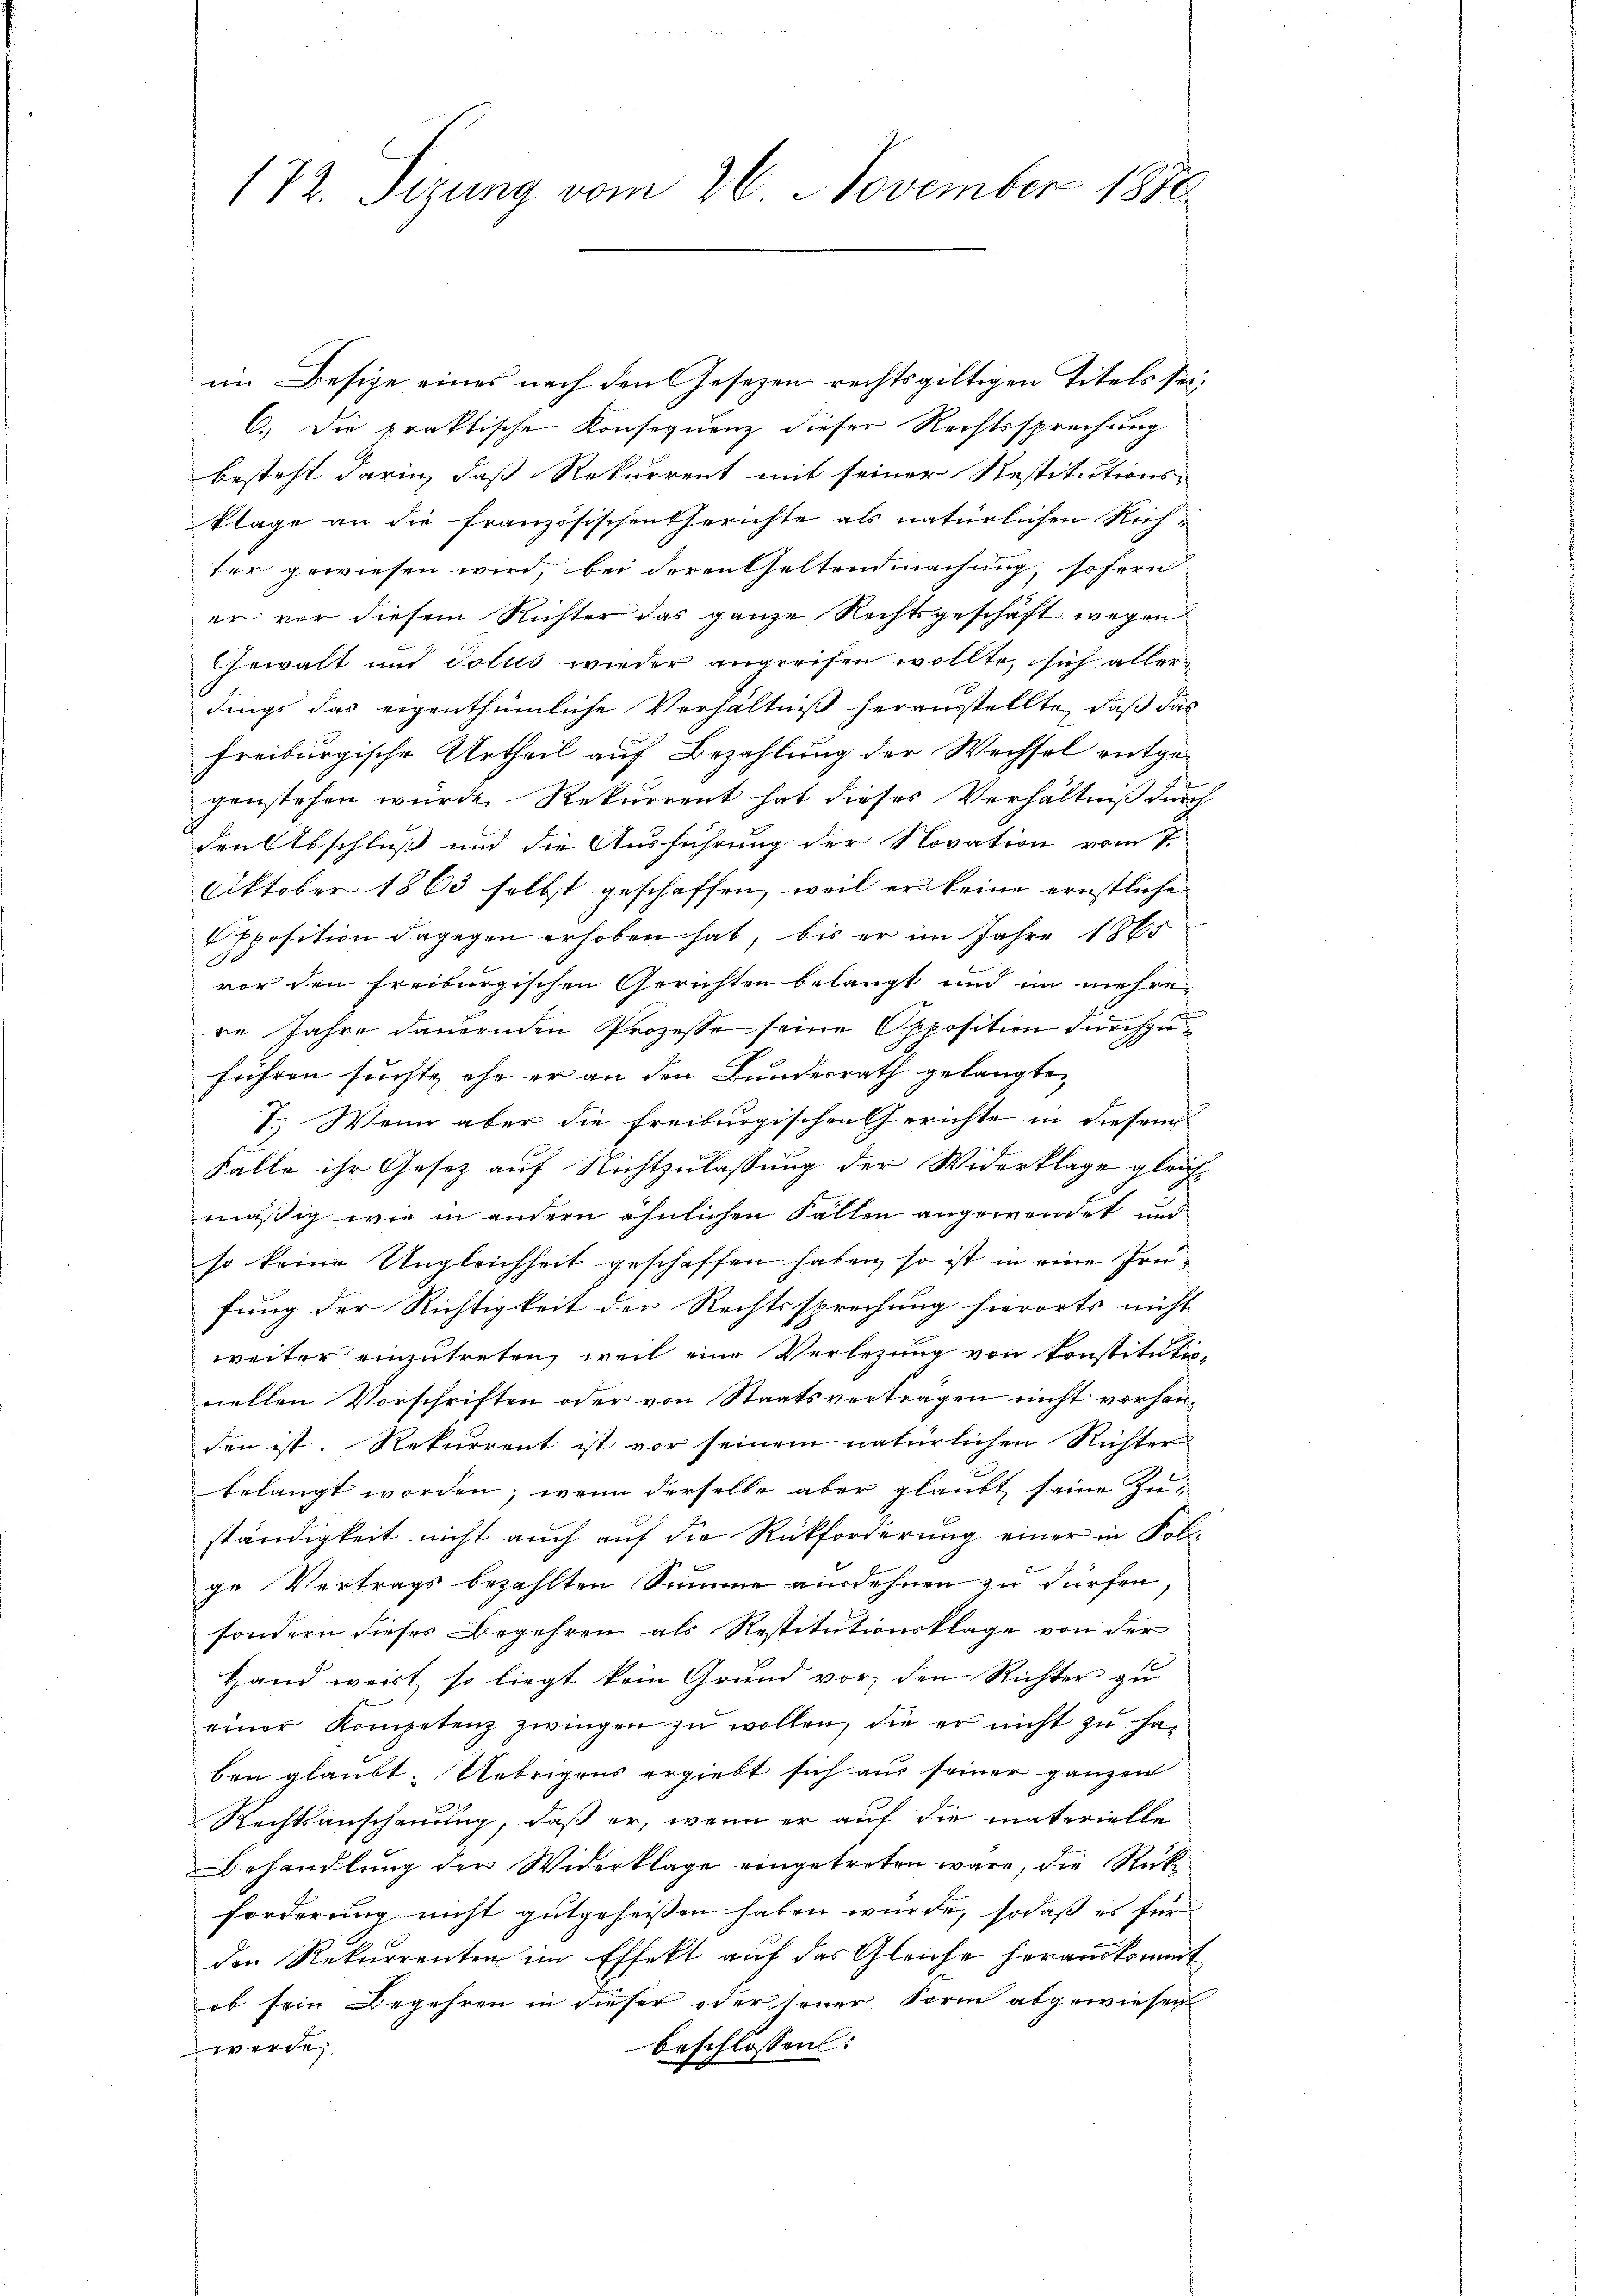
172. Sizung vom 26. November 1850.

im Besize eines nach den Gesezen rechtsgültigen Titels sei¬
C.) Die praktische Konsequenz dieser Rechtssprechung
besteht darin, daß Rekurrent mit seiner Restitutions-
klage an die französischen Gerichte als natürlichen Richter gewiesen wird, bei deren Geltendmachung, sofern
er vor diesem Richter das ganze Rechtsgeschäft wegen
Gewalt und dolus wieder angreifen wollte, sich aller-
dings das eigenthümliche Verhältniß herausstellte, daß das
freiburgische Urtheil auf Bezahlung der Wechsel entge-
genstehen wurde. Rekurrent hat dieses Verhältniß durch
den Abschluß und die Ausführung der Novation vom 7.
Oktober 1863 selbst geschaffen, weil er keine ernstliche
pposition dagegen erhoben hat, bis er im Jahre 1865
vor den freiburgischen Gerichten belangt und im mehre-
re Jahre dauernden Prozesse seine Opposition durchzuführen suchte ehe er an den Bunderrath gelangte
I. Wenn aber die freiburgischen Gerichte in diesem
Falle ihr Gesetz auf Nichtzulassung der Widerklage gleichmäßig wie in andern ähnlichen Fällen angewendet und
so keine Ungleichheit geschaffen haben, so ist in eine Prüfung der Richtigkeit der Rechtssprechung hierorts nicht
weiter einzutreten, weil eine Verlegung von konstitutio-
nellen Vorschriften oder von Staatsvertragen nicht vorhanden ist. Rekurrent ist vor seinem natürlichen Richter
belangt worden; wenn derselbe aber glaubt seine Zuständigkeit nicht auch auf die Rückforderung einer in Folge Vertrags bezahlten Summe ausdehnen zu dürfen.
sondern dieses Begehren als Restitutionsklage von der
Hand weist, so liegt kein Grund vor, den Richter zu
einer Kompetenz zwingen zu wollen, die er nicht zu haben glaubt. Uebrigens ergiebt sich aus seiner ganzen
Rechtsanschauung, daß er, wenn er auf die materielle
Behandlung der Widerklage eingetreten wäre, die Rückforderung nicht gutgeheissen haben würde, sodaß es für
den Rekurrenten im Effekt auf das Gleiche herauskommt
ob sein Begehren in dieser oder jener Form abgewiesen
beschlossen:
werde